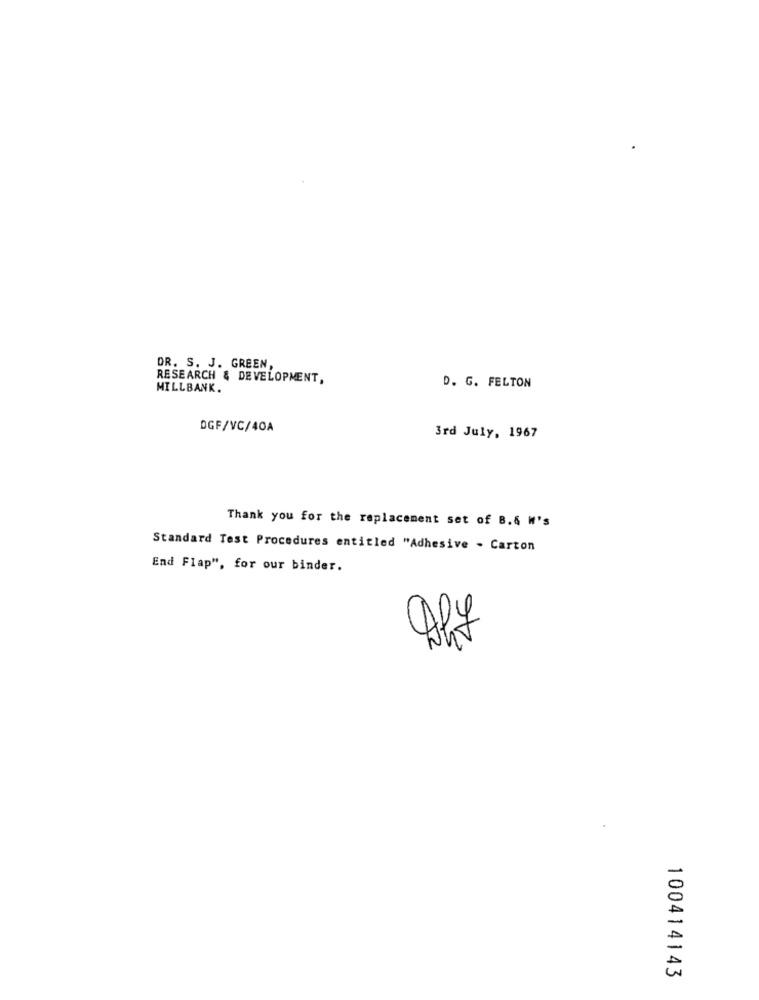
DR. S. J. GREEN,
RESEARCH & DEVELOPMENT,
MILLBANK.
D. G. FELTON
DGF/VC/40A
3rd July, 1967
Thank you for the replacement set of B.6 W's
Standard Test Procedures entitled "Adhesive - Carton
End Flap", for our binder.
100414143